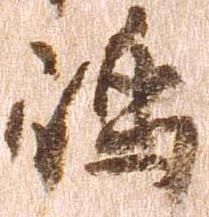
嶋